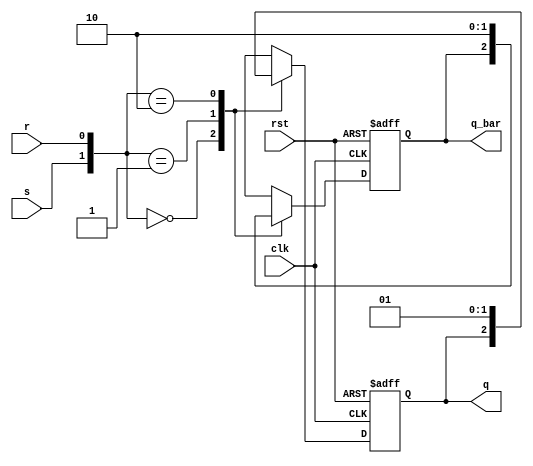
module srff(s,r,clk,rst,q,q_bar);
  input s,r,clk,rst;
  output reg q,q_bar;
  always @(posedge clk, posedge rst)
  begin
    if(rst)
      begin
        q<=0;
        q_bar=1;
      end
    else
      begin
        case({s,r})
          2'b00: begin q<=q;q_bar=q_bar; end
          2'b01: begin q<=0;q_bar=1; end
          2'b10: begin q<=1;q_bar=0; end
          2'b11: begin q<=1'bx;q_bar=1'bx; end
        endcase
      end
  end
endmodule

module srff_tb;
  reg s,r,clk,rst;
  wire q,q_bar;
  integer i;
  srff SR(s,r,clk,rst,q,q_bar);
  
  always
  #5 clk=~clk; //toggles the clk signal every 5 time units
  
  initial
  begin
    r=0;s=0;clk=0;rst=1;#10;
    
    for(i=2'b0;i<4;i=i+1)
    begin
      rst=0;#10;
      {s,r}=i;#10;
    end
  end
endmodule